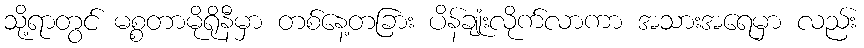
သို့ရာတွင် မစ္စတာမိုရိုနီမှာ တစ်နေ့တခြား ပိန်ချုံးလိုက်လာကာ အသားအရေမှာ လည်း